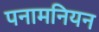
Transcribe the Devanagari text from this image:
पनामनियन